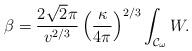
LaTeX: \begin{align*}\beta=\frac{2\sqrt{2}\pi}{v^{2/3}}\left(\frac{\kappa}{4\pi}\right)^{2/3}\int_{{\cal{C}}_{\omega}}{W}.\end{align*}